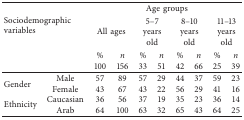
<table><thead><tr><td rowspan="2" colspan="2"><b>Sociodemographic variables</b></td><td colspan="8"><b>Age groups</b></td></tr><tr><td colspan="2"><b>All ages</b></td><td colspan="2"><b>5–7 years old</b></td><td colspan="2"><b>8–10 years old</b></td><td colspan="2"><b>11–13 years old</b></td></tr><tr><td rowspan="2"><b> </b></td><td rowspan="2"><b> </b></td><td><b>%</b></td><td><b><i>n</i></b></td><td><b>%</b></td><td><b><i>n</i></b></td><td><b>%</b></td><td><b><i>n</i></b></td><td><b>%</b></td><td><b><i>n</i></b></td></tr><tr><td><b>100</b></td><td><b>156</b></td><td><b>33</b></td><td><b>51</b></td><td><b>42</b></td><td><b>66</b></td><td><b>25</b></td><td><b>39</b></td></tr></thead><tbody><tr><td rowspan="2">Gender</td><td>Male</td><td>57</td><td>89</td><td>57</td><td>29</td><td>44</td><td>37</td><td>59</td><td>23</td></tr><tr><td>Female</td><td>43</td><td>67</td><td>43</td><td>22</td><td>56</td><td>29</td><td>41</td><td>16</td></tr><tr><td rowspan="2">Ethnicity</td><td>Caucasian</td><td>36</td><td>56</td><td>37</td><td>19</td><td>35</td><td>23</td><td>36</td><td>14</td></tr><tr><td>Arab</td><td>64</td><td>100</td><td>63</td><td>32</td><td>65</td><td>43</td><td>64</td><td>25</td></tr></tbody></table>